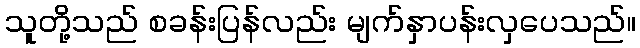
သူတို့သည် စခန်းပြန်လည်း မျက်နှာပန်းလှပေသည်။